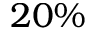
2 0 \%